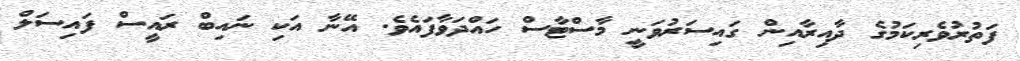
ފަތުރުވެރިކަމުގެ ދާއިރާއިން ގައިސަރުވަނީ މާސްޓާސް ހައްދަވާފައެވެ. އޭނާ އަކި ނައިބް ރައީސް ފައިސަލް